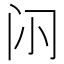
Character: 𮤭